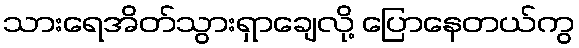
သားရေအိတ်သွားရှာချေလို့ ပြောနေတယ်ကွ